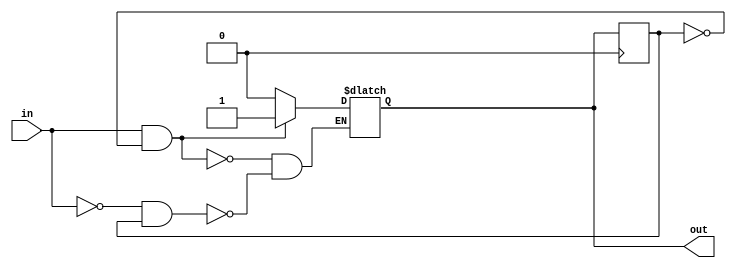
module schmitt_trigger(input wire in, output reg out);

reg prev_out;

always @ (in) begin
    if (in && !prev_out)
        out <= 1'b1;
    else if (!in && prev_out)
        out <= 1'b0;
end

always @ (posedge clk) begin
    prev_out <= out;
end

endmodule